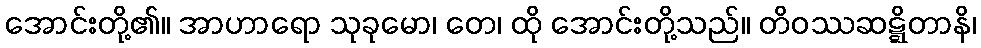
အောင်းတို့၏။ အာဟာရော သုခုမော၊ တေ၊ ထို အောင်းတို့သည်။ တိဝဿဆဋ္ဋိတာနိ၊